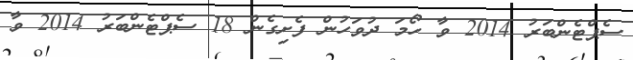
ސެޕްޓެންބަރު 2014 ވާ ހޯމަ ދުވަހުން ފެށިގެން 18 ސެޕްޓެންބަރު 2014 ވާ